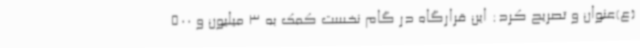
(ع)عنوان و تصریح کرد: این قرارگاه در گام نخست کمک به 3 میلیون و 500